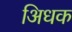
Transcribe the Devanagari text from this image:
अिधक